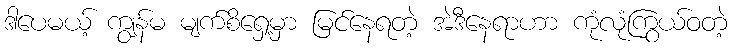
ဒါပေမယ့် ကျွန်မ မျက်စိရှေ့မှာ မြင်နေရတဲ့ အဲဒီနေရာဟာ ကုံလုံကြွယ်ဝတဲ့